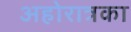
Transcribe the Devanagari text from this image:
अहोरात्रका